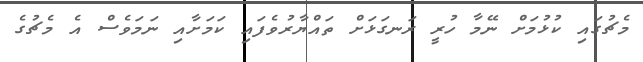
މެޗުގައި ކުޅުމަށް ނޭމާ ހުރީ ރަނގަޅަށް ތައްޔާރުވެފައި ކަމަށާއި ނަމަވެސް އެ މެޗުގެ